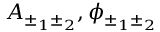
A _ { \pm _ { 1 } \pm _ { 2 } } , \phi _ { \pm _ { 1 } \pm _ { 2 } }